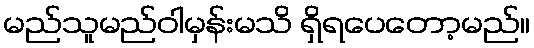
မည်သူမည်ဝါမှန်းမသိ ရှိရပေတော့မည်။